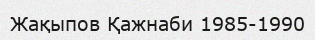
Жақыпов Қажнаби 1985-1990